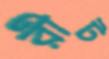
রীট